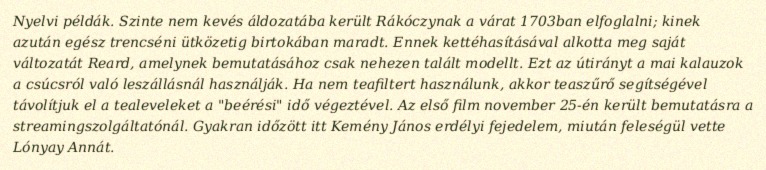
Nyelvi példák. Szinte nem kevés áldozatába került Rákóczynak a várat 1703ban elfoglalni; kinek azután egész trencséni ütközetig birtokában maradt. Ennek kettéhasításával alkotta meg saját változatát Reard, amelynek bemutatásához csak nehezen talált modellt. Ezt az útirányt a mai kalauzok a csúcsról való leszállásnál használják. Ha nem teafiltert használunk, akkor teaszűrő segítségével távolítjuk el a tealeveleket a "beérési" idő végeztével. Az első film november 25-én került bemutatásra a streamingszolgáltatónál. Gyakran időzött itt Kemény János erdélyi fejedelem, miután feleségül vette Lónyay Annát.